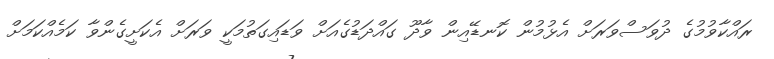
ރައްކާވުމުގެ ދުވަސްވަރަށް އެޅުމުން ކޮނޑޭއިން ވާދޫ ގައްދަޑުގެއަށް ވަޑައިގަތުމަކީ ވަރަށް އެކަށީގެންވާ ކަމެއްކަމަށް